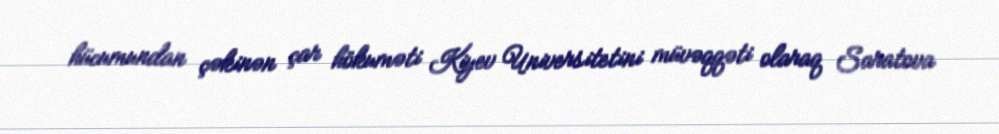
hücumundan çəkinən çar hökuməti Kiyev Universitetini müvəqqəti olaraq Saratova